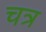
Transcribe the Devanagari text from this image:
चत्र